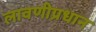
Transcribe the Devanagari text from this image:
लावणीप्रधान